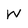
Character: w